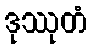
ဒုဿုတံ